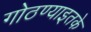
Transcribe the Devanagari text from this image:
गोठण्याइतके